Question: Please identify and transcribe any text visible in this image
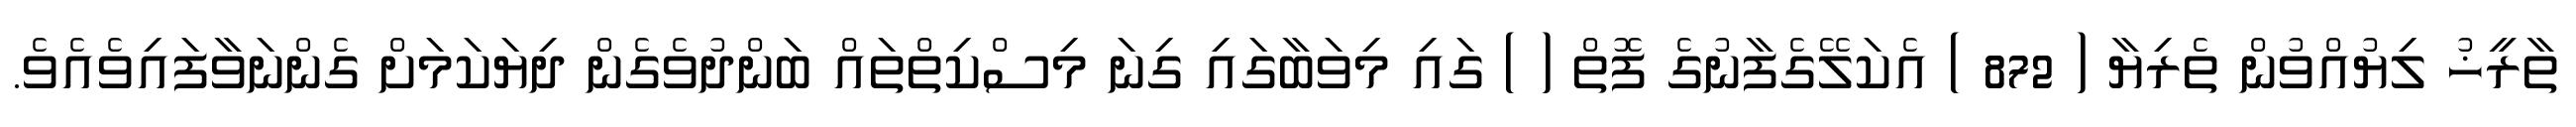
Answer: ތާރީޚު ލިޔުއްވުން ތެރިޔާ ( 872 ) އެކަލޭގެފާނުގެ ފޮތް ( ) ގައި މިވަބާގައި ގިނަ މިސްކިތްތައް ބަންދުވެގެން ދިޔަކަމަށް ގެންނަވާފައިވެއެވެ.